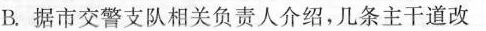
B.据市交警支队相关负责人介绍，几条主干道改